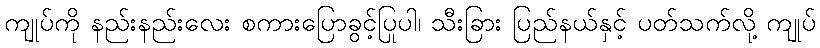
ကျုပ်ကို နည်းနည်းလေး စကားပြောခွင့်ပြုပါ၊ သီးခြား ပြည်နယ်နှင့် ပတ်သက်လို့ ကျုပ်